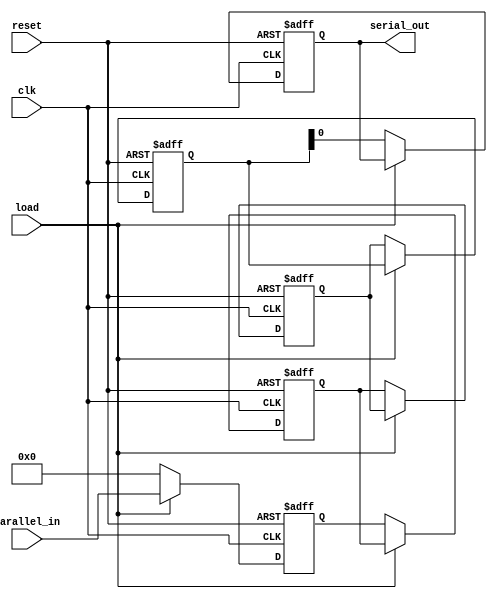
module parameterized_shift_register #(
    parameter WIDTH = 8,     // Number of bits
    parameter DEPTH = 4      // Number of stages (registers)
)(
    input wire clk,                  // Clock signal
    input wire reset,                // Asynchronous reset
    input wire load,                 // Load signal
    input wire [WIDTH-1:0] parallel_in, // Parallel input data
    output reg serial_out            // Serial output data
);

    // Internal shift register array
    reg [WIDTH-1:0] shift_reg [0:DEPTH-1];

    integer i;

    always @(posedge clk or posedge reset) begin
        if (reset) begin
            // Clear all stages on reset
            for (i = 0; i < DEPTH; i = i + 1) begin
                shift_reg[i] <= 0;
            end
            serial_out <= 0;
        end else begin
            if (load) begin
                // Load the parallel input into the first stage
                shift_reg[0] <= parallel_in;
            end else begin
                // Shift operation
                serial_out <= shift_reg[DEPTH-1][0]; // Output LSB from the last stage
                for (i = DEPTH-1; i > 0; i = i - 1) begin
                    shift_reg[i] <= shift_reg[i-1];  // Shift data from previous stage
                end
                shift_reg[0] <= {WIDTH{1'b0}}; // Clear first stage after shifting
            end
        end
    end

endmodule